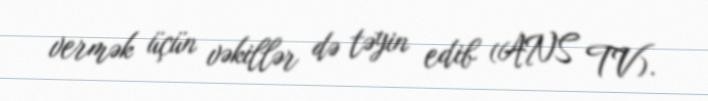
vermək üçün vəkillər də təyin edib (ANS TV).